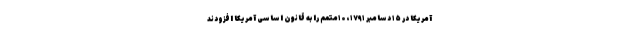
آمریکا در ۱۵ دسامبر ۱۷۹۱، ۱۰متمم را به قانون اساسی آمریکا افزودند